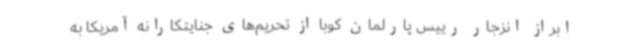
ابراز انزجار رییس پارلمان کوبا از تحریم‌های جنایتکارانه آمریکا به